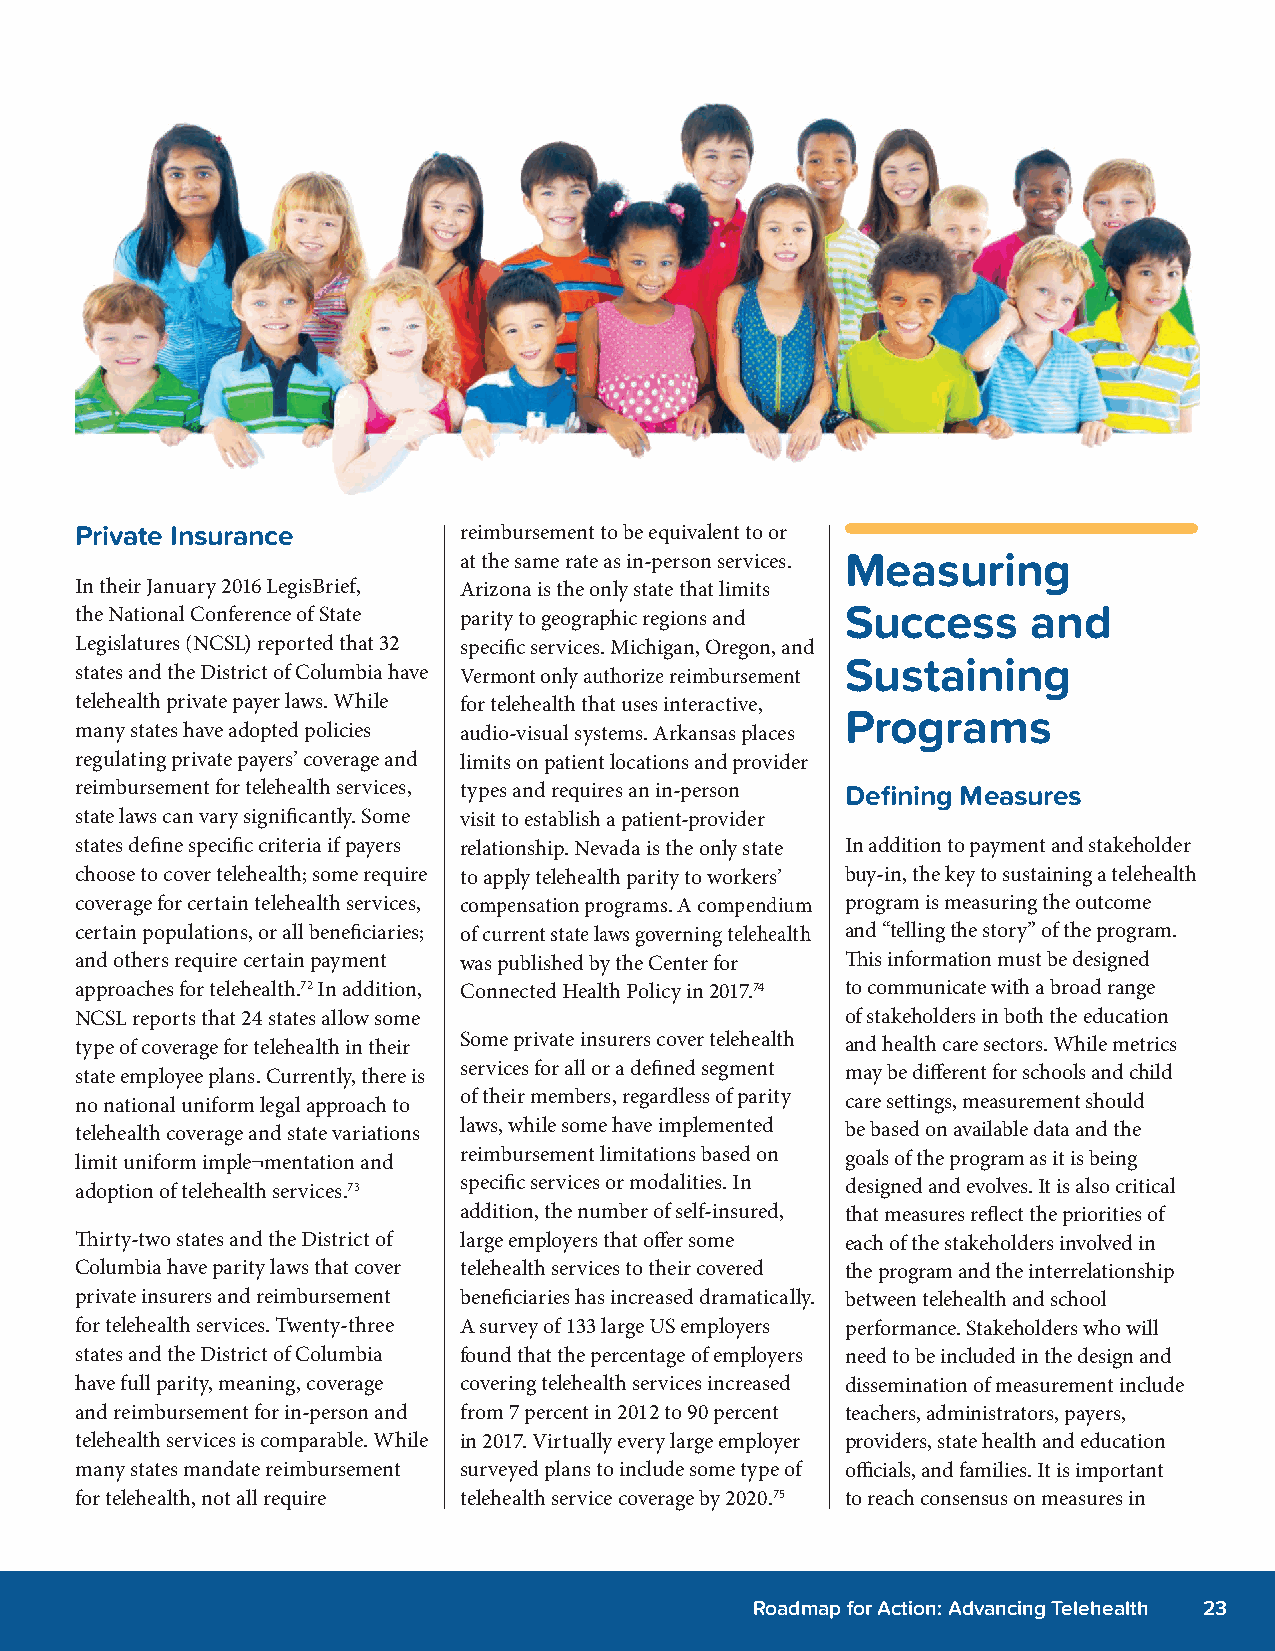
Private Insurance        reimbursement to be equivalent to or
 at the same rate as in-person services. Measuring
 In their January 2016 LegisBrief, Arizona is the only state that limits
 the National Conference of State parity to geographic regions and Success and
 Legislatures (NCSL) reported that 32 specific services. Michigan, Oregon, and
 Sustaining
 states and the District of Columbia have Vermont only authorize reimbursement
 telehealth private payer laws. While for telehealth that uses interactive,
 Programs
 many states have adopted policies audio-visual systems. Arkansas places
 regulating private payers’ coverage and limits on patient locations and provider
 reimbursement for telehealth services, types and requires an in-person Defining Measures
 state laws can vary significantly. Some visit to establish a patient-provider
 states define specific criteria if payers relationship. Nevada is the only state In addition to payment and stakeholder
 choose to cover telehealth; some require to apply telehealth parity to workers’ buy-in, the key to sustaining a telehealth
 coverage for certain telehealth services, compensation programs. A compendium program is measuring the outcome
 certain populations, or all beneficiaries; of current state laws governing telehealth and “telling the story” of the program.
 and others require certain payment was published by the Center for This information must be designed
 approaches for telehealth.72 In addition, Connected Health Policy in 2017.74 to communicate with a broad range
 NCSL reports that 24 states allow some             of stakeholders in both the education
 type of coverage for telehealth in their Some private insurers cover telehealth and health care sectors. While metrics
 state employee plans. Currently, there is services for all or a defined segment may be different for schools and child
 no national uniform legal approach to of their members, regardless of parity care settings, measurement should
 telehealth coverage and state variations laws, while some have implemented be based on available data and the
 limit uniform imple¬mentation and reimbursement limitations based on goals of the program as it is being
 adoption of telehealth services.73 specific services or modalities. In designed and evolves. It is also critical
 addition, the number of self-insured, that measures reflect the priorities of
 Thirty-two states and the District of large employers that offer some each of the stakeholders involved in
 Columbia have parity laws that cover telehealth services to their covered the program and the interrelationship
 private insurers and reimbursement beneficiaries has increased dramatically. between telehealth and school
 for telehealth services. Twenty-three A survey of 133 large US employers performance. Stakeholders who will
 states and the District of Columbia found that the percentage of employers need to be included in the design and
 have full parity, meaning, coverage covering telehealth services increased dissemination of measurement include
 and reimbursement for in-person and from 7 percent in 2012 to 90 percent teachers, administrators, payers,
 telehealth services is comparable. While in 2017. Virtually every large employer providers, state health and education
 many states mandate reimbursement surveyed plans to include some type of officials, and families. It is important
 for telehealth, not all require telehealth service coverage by 2020.75 to reach consensus on measures in
 Roadmap for Action: Advancing Telehealth 23